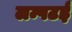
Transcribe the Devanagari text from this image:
लम्पटई